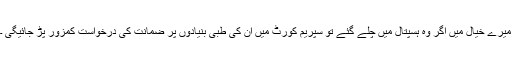
میرے خیال میں اگر وہ ہسپتال میں چلے گئے تو سپریم کورٹ میں ان کی طبی بنیادوں پر ضمانت کی درخواست کمزور پڑ جائیگی ۔